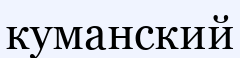
куманский